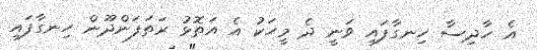
އެ ހާދިސާ ހިނގާފައި ވަނީ ދެ މީހަކު އެ އަތޮޅު ރަތަފަންދޫން ހިނގާފައި